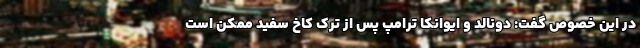
در این خصوص گفت: دونالد و ایوانکا ترامپ پس از تَرک کاخ سفید ممکن است